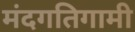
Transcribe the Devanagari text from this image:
मंदगतिगामी